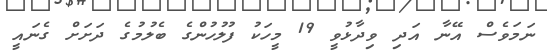
ނަމަވެސް އޭނާ އަދި ވިދާޅުވީ 19 މީހަކު ފުލުހުންގެ ބެލުމުގެ ދަށަށް ގެނައީ